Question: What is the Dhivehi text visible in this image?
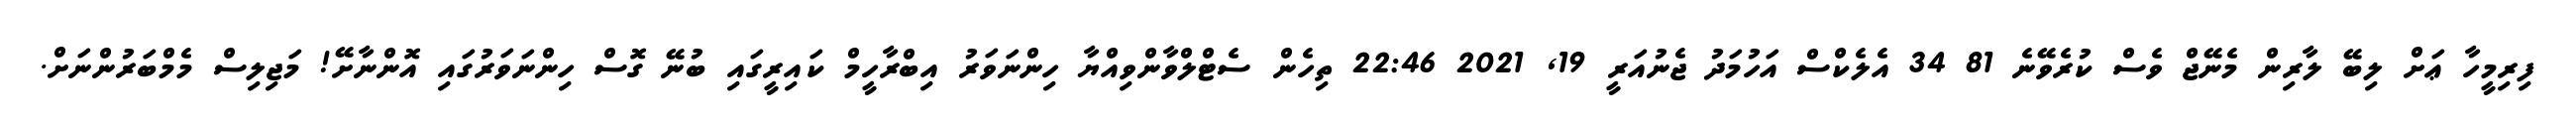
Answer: ފިރިމީހާ ޢަށް ލިބޭ ލާރިން މެނޭޖް ވެސް ކުރެވޭނެ 81 34 އެލެކްސް އަހުމަދު ޖެނުއަރީ 19, 2021 22:46 ތިހެން ސެޓްލްވާންވިއްޔާ ހިންނަވަރު އިބްރާހީމް ކައިރީގައި ބުނޭ ގޮސް ހިންނަވަރުގައި އޮންނާށޭ! މަޖިލިސް މެމްބަރުންނަށް.